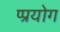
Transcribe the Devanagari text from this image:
प्प्रयोग